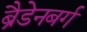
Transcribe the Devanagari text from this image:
ब्रैडेनबर्ग